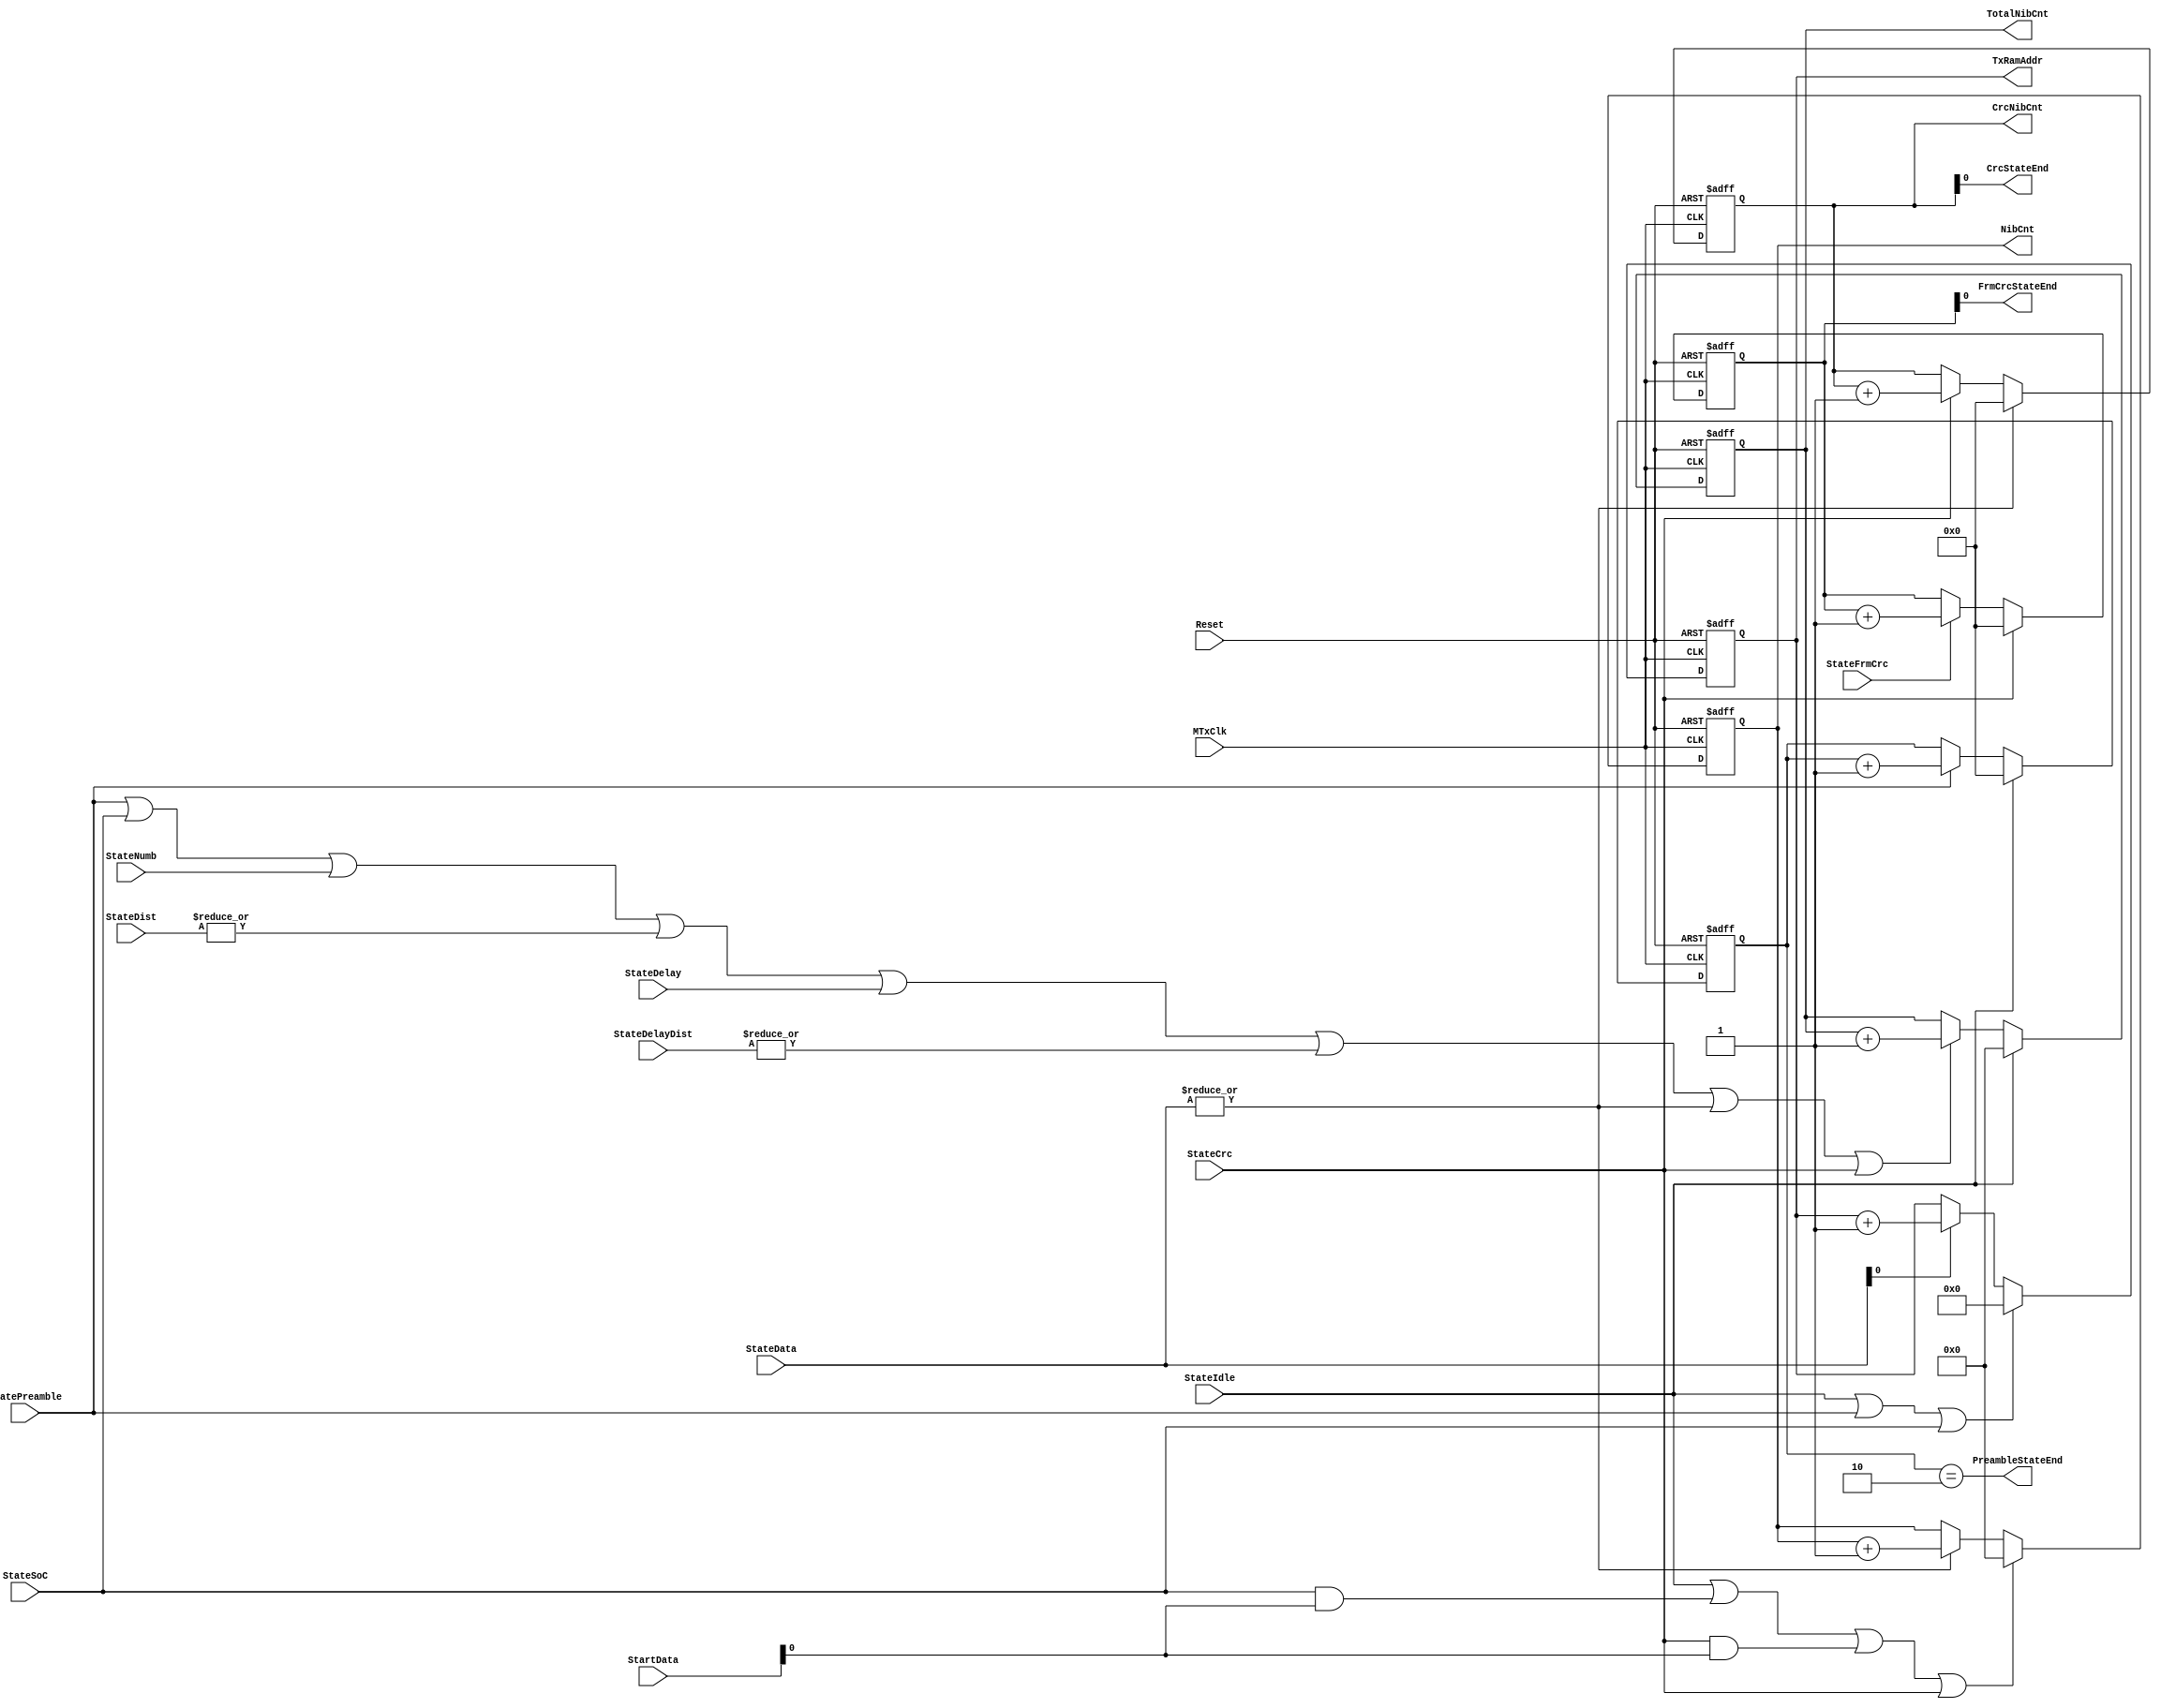
module fb_txcounters (MTxClk, Reset, 
                       StateIdle, StatePreamble, StateSoC, StateNumb, StateDist, StateDelay, StateDelayDist,
                       StateData, StateCrc, StateFrmCrc,
                       StartData, CrcNibCnt,
                       TotalNibCnt, NibCnt, CrcStateEnd, PreambleStateEnd, FrmCrcStateEnd, TxRamAddr
                      );

input         MTxClk;             // Tx clock
input         Reset;              // Reset
input         StateIdle;          // Idle state
input         StatePreamble;      // Preamble state
input         StateSoC;           // SoC state
input         StateNumb;
input  [1:0]  StateDist;
input         StateDelay;
input  [1:0]  StateDelayDist;
input  [1:0]  StateData;    // Data state
input  [1:0]  StartData;    // Start Data state
input         StateCrc;           // CRC state
input         StateFrmCrc;

 
output [3: 0] CrcNibCnt;    // total Nibble counter
output [15:0] TotalNibCnt;    // total Nibble counter
output [15:0] NibCnt;     // Nibble counter
output        CrcStateEnd;
output        PreambleStateEnd;
output        FrmCrcStateEnd;
output [7: 0] TxRamAddr;


wire ResetNibCnt;
wire IncrementNibCnt;
wire ResetTotalNibCnt;
wire IncrementTotalNibCnt;
 
reg [15:0] TotalNibCnt;
reg [15:0] NibCnt;
reg [3: 0] CrcNibCnt;
reg [3: 0] PreambleNibCnt;
reg [3: 0] FrmCrcNibCnt;
reg [7: 0] TxRamAddr;

assign IncrementNibCnt =  (|StateData)  ;
assign ResetNibCnt = StateIdle | StateSoC & StartData[0] | StateCrc & StartData[0]| StateCrc;

// Nibble Counter started from each slave data( only for data, no SoC no CRC)
always @ (posedge MTxClk or posedge Reset)
begin
  if(Reset)
    NibCnt <=  16'h0;
  else
    begin
      if(ResetNibCnt)
        NibCnt <=  16'h0;
      else
      if(IncrementNibCnt)
        NibCnt <=  NibCnt + 16'd1;
     end
end


assign IncrementTotalNibCnt =  StatePreamble | StateSoC | StateNumb | (|StateDist) | StateDelay | (|StateDelayDist)| (|StateData) | StateCrc ;
assign ResetTotalNibCnt = StateIdle;

// Total Nibble Counter for the whole frame incl.(Preamble, SoC, SlaveDate, SlaveCRC, NO FrameCRC)
always @ (posedge MTxClk or posedge Reset)
begin
  if(Reset)
    TotalNibCnt <=  16'h0;
  else
    begin
      if(ResetTotalNibCnt)
        TotalNibCnt <=  16'h0;
      else
      if(IncrementTotalNibCnt)
        TotalNibCnt <=  TotalNibCnt + 16'd1;
     end
end

wire IncrementCrcNibCnt;
wire ResetCrcNibCnt;

assign IncrementCrcNibCnt = StateCrc ;
assign ResetCrcNibCnt =  (|StateData);
assign CrcStateEnd = CrcNibCnt[0] ; // CRC always has two nibbles

always @ (posedge MTxClk or posedge Reset)
begin
  if(Reset)
    CrcNibCnt <=  4'b0;
  else
    begin
      if(ResetCrcNibCnt)
        CrcNibCnt <=  4'b0;
      else
      if(IncrementCrcNibCnt)
        CrcNibCnt <=  CrcNibCnt + 4'b0001;
     end
end


wire IncrementFrmCrcNibCnt;
wire ResetFrmCrcNibCnt;

assign IncrementFrmCrcNibCnt = StateFrmCrc ;
assign ResetFrmCrcNibCnt =  StateCrc ;
assign FrmCrcStateEnd    = FrmCrcNibCnt[0] ; // CRC always has two nibbles

always @ (posedge MTxClk or posedge Reset)
begin
  if(Reset)
    FrmCrcNibCnt <=  4'b0;
  else
    begin
      if(ResetFrmCrcNibCnt)
        FrmCrcNibCnt <=  4'b0;
      else
      if(IncrementFrmCrcNibCnt)
        FrmCrcNibCnt <=  FrmCrcNibCnt + 4'b0001;
     end
end


wire IncrementPreambleNibCnt;
wire ResetPreambleNibCnt;

assign IncrementPreambleNibCnt = StatePreamble ;
assign ResetPreambleNibCnt =  StateIdle;
assign PreambleStateEnd = (PreambleNibCnt == 4'b0010);

always @ (posedge MTxClk or posedge Reset)
begin
  if(Reset)
    PreambleNibCnt <=  4'b0;
  else
    begin
      if(ResetPreambleNibCnt)
        PreambleNibCnt <=  4'b0;
      else
      if(IncrementPreambleNibCnt)
        PreambleNibCnt <=  PreambleNibCnt + 4'b0001;
     end
end

wire IncrementTxRamAddr;
wire ResetTxRamAddr;

assign IncrementTxRamAddr = StateData[0];
assign ResetTxRamAddr =  StateIdle | StatePreamble | StateSoC;

always @ (posedge MTxClk or posedge Reset)
begin
  if(Reset)
    TxRamAddr <=  8'b0;
  else
    begin
      if(ResetTxRamAddr)
        TxRamAddr <=  8'b0;
      else
      if(IncrementTxRamAddr)
        TxRamAddr <=  TxRamAddr + 8'b0001;
     end
end


endmodule